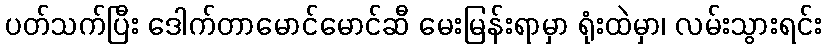
ပတ်သက်ပြီး ဒေါက်တာမောင်မောင်ဆီ မေးမြန်းရာမှာ ရုံးထဲမှာ၊ လမ်းသွားရင်း